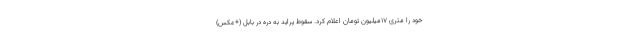
خود را متری 17میلیون تومان اعلام کرد. سقوط پراید به دره در بابل (+عکس)